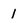
Character: 1